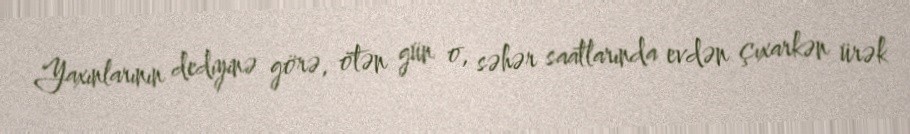
Yaxınlarının dediyinə görə, ötən gün o, səhər saatlarında evdən çıxarkən ürək